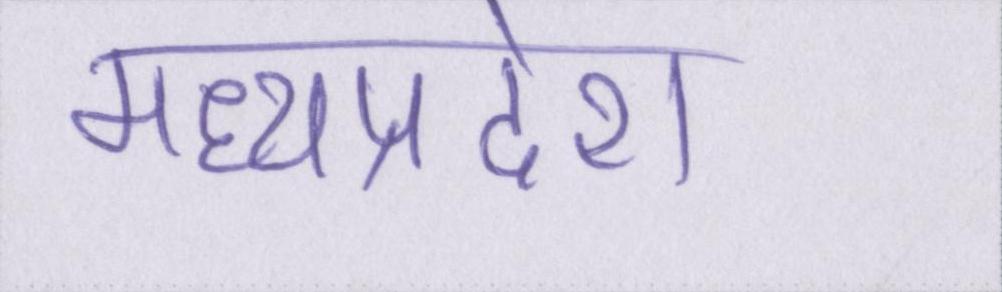
मध्यप्रदेश